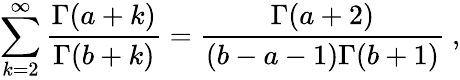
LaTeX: \sum_{k=2}^{\infty}\frac{\Gamma(a+k)}{\Gamma(b+k)}=\frac{\Gamma(a+2)}{(b-a-1)\Gamma(b+1)}~,